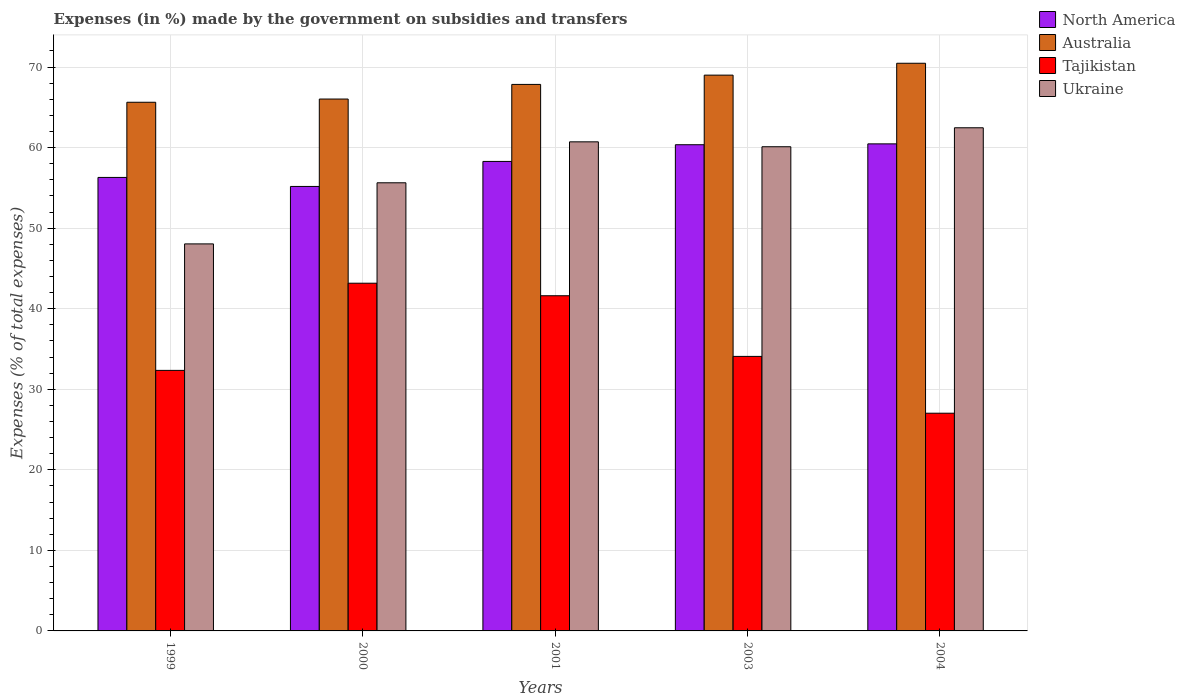
| Years | North America | Australia | Tajikistan | Ukraine |
 | --- | --- | --- | --- | --- |
 | 1999 | 56.3 | 65.6 | 32.3 | 48 |
 | 2000 | 55.2 | 66 | 43.2 | 55.6 |
 | 2001 | 58.3 | 67.8 | 41.6 | 60.7 |
 | 2003 | 60.4 | 69 | 34.1 | 60.1 |
 | 2004 | 60.5 | 70.5 | 27 | 62.5 |